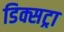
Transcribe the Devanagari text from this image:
डिक्सट्रा